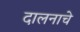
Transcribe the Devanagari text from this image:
दालनाचे